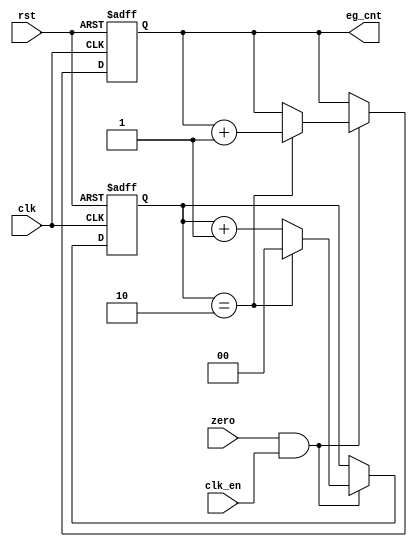
module jt12_eg_cnt(
	input rst,
	input clk,
	input clk_en ,
	input zero,
	output reg [14:0] eg_cnt
);
reg	[1:0] eg_cnt_base;
always @(posedge clk, posedge rst) begin : envelope_counter
	if( rst ) begin
		eg_cnt_base	<= 2'd0;
		eg_cnt		<=15'd0;
	end
	else begin
		if( zero && clk_en ) begin
			if( eg_cnt_base == 2'd2 ) begin
				eg_cnt 		<= eg_cnt + 1'b1;
				eg_cnt_base	<= 2'd0;
			end
			else eg_cnt_base <= eg_cnt_base + 1'b1;
		end
	end
end
endmodule